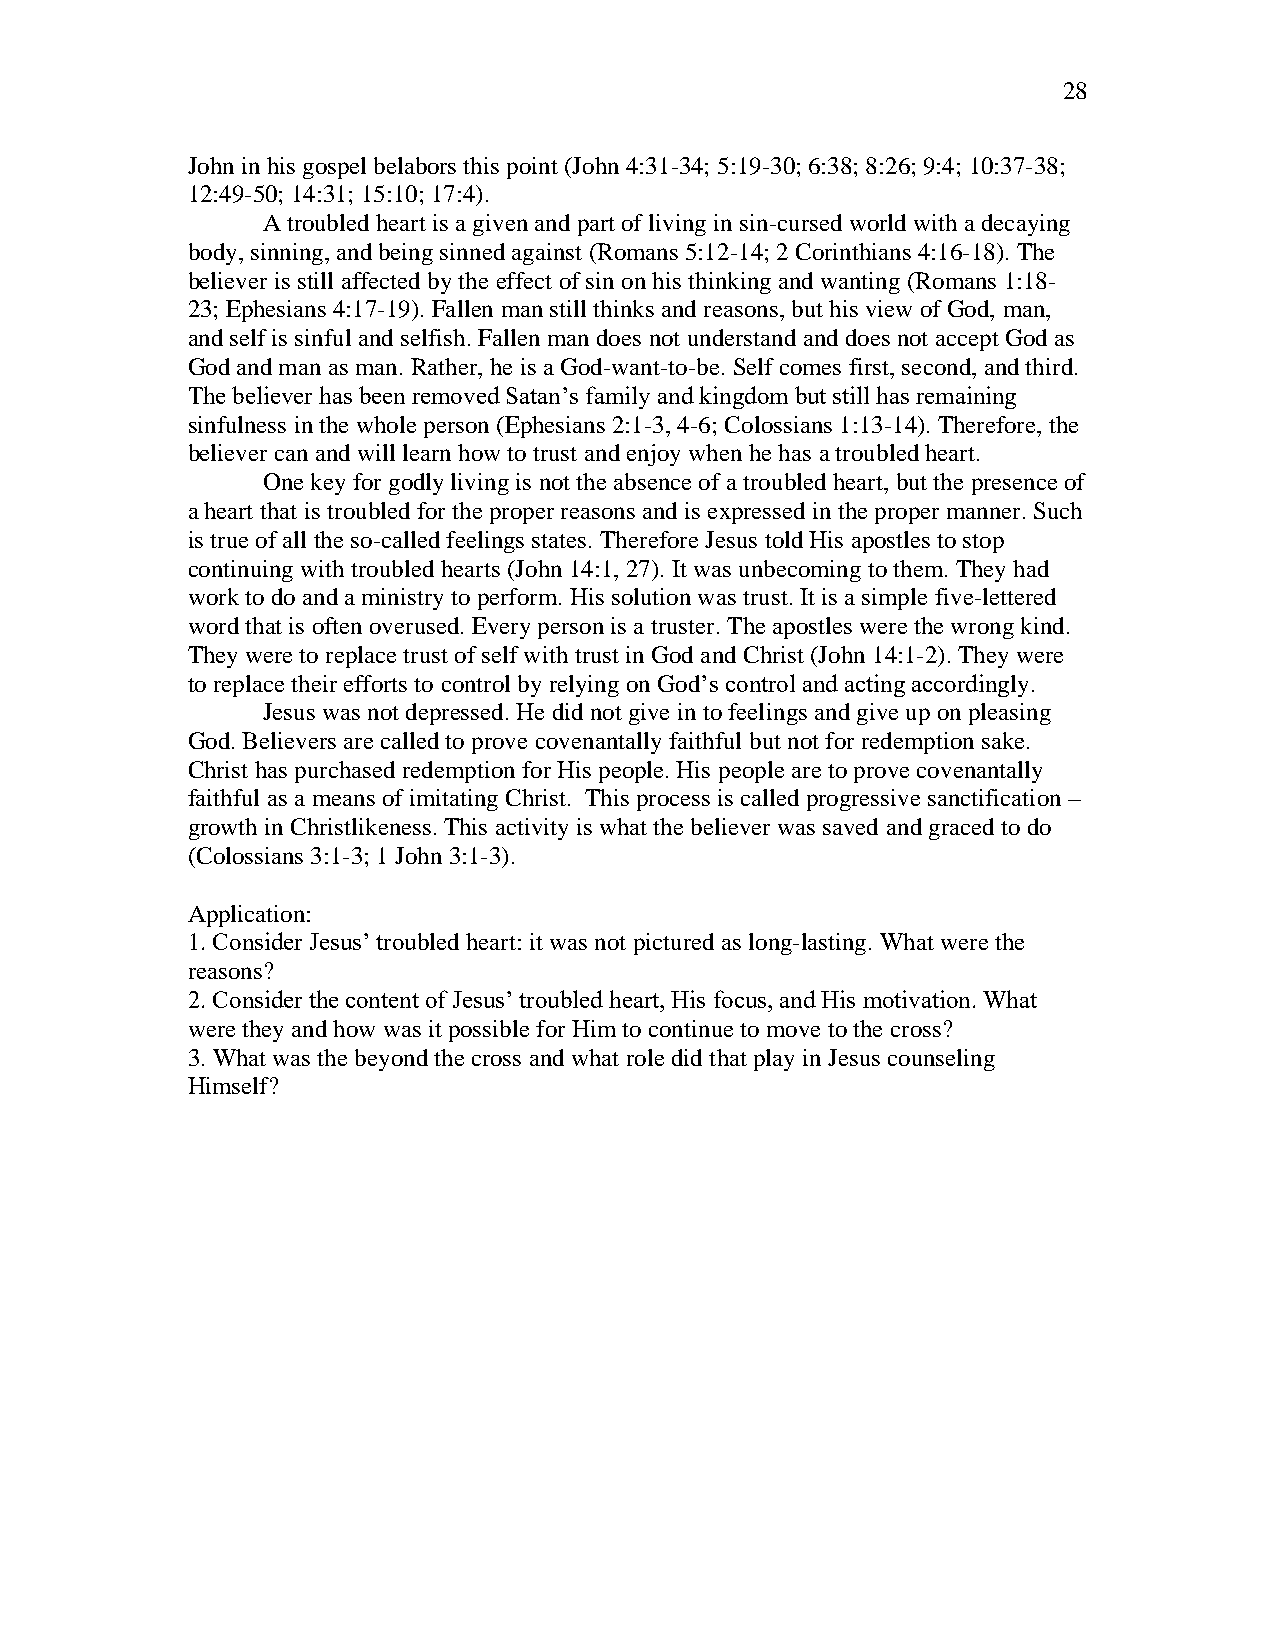
28
 John in his gospel belabors this point (John 4:31-34; 5:19-30; 6:38; 8:26; 9:4; 10:37-38;
 12:49-50; 14:31; 15:10; 17:4).
 A troubled heart is a given and part of living in sin-cursed world with a decaying
 body, sinning, and being sinned against (Romans 5:12-14; 2 Corinthians 4:16-18). The
 believer is still affected by the effect of sin on his thinking and wanting (Romans 1:18-
 23; Ephesians 4:17-19). Fallen man still thinks and reasons, but his view of God, man,
 and self is sinful and selfish. Fallen man does not understand and does not accept God as
 God and man as man. Rather, he is a God-want-to-be. Self comes first, second, and third.
 The believer has been removed Satan’s family and kingdom but still has remaining
 sinfulness in the whole person (Ephesians 2:1-3, 4-6; Colossians 1:13-14). Therefore, the
 believer can and will learn how to trust and enjoy when he has a troubled heart.
 One key for godly living is not the absence of a troubled heart, but the presence of
 a heart that is troubled for the proper reasons and is expressed in the proper manner. Such
 is true of all the so-called feelings states. Therefore Jesus told His apostles to stop
 continuing with troubled hearts (John 14:1, 27). It was unbecoming to them. They had
 work to do and a ministry to perform. His solution was trust. It is a simple five-lettered
 word that is often overused. Every person is a truster. The apostles were the wrong kind.
 They were to replace trust of self with trust in God and Christ (John 14:1-2). They were
 to replace their efforts to control by relying on God’s control and acting accordingly.
 Jesus was not depressed. He did not give in to feelings and give up on pleasing
 God. Believers are called to prove covenantally faithful but not for redemption sake.
 Christ has purchased redemption for His people. His people are to prove covenantally
 faithful as a means of imitating Christ. This process is called progressive sanctification –
 growth in Christlikeness. This activity is what the believer was saved and graced to do
 (Colossians 3:1-3; 1 John 3:1-3).
 Application:
 1. Consider Jesus’ troubled heart: it was not pictured as long-lasting. What were the
 reasons?
 2. Consider the content of Jesus’ troubled heart, His focus, and His motivation. What
 were they and how was it possible for Him to continue to move to the cross?
 3. What was the beyond the cross and what role did that play in Jesus counseling
 Himself?